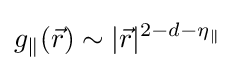
g_{\parallel }({\vec {r}})\sim |{\vec {r}}|^{2-d-\eta _{\parallel }}\,\!